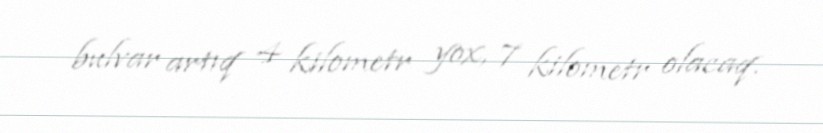
bulvar artıq 4 kilometr yox, 7 kilometr olacaq.